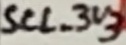
Text: SCL_3V3